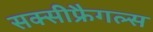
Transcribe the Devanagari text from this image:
सक्सीफ्रैगल्स